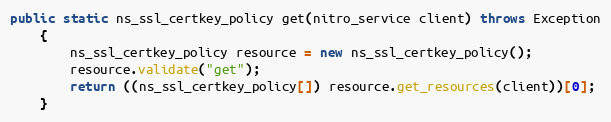
Language: Java
public static ns_ssl_certkey_policy get(nitro_service client) throws Exception
	{
		ns_ssl_certkey_policy resource = new ns_ssl_certkey_policy();
		resource.validate("get");
		return ((ns_ssl_certkey_policy[]) resource.get_resources(client))[0];
	}